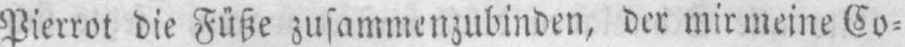
Pierrot die Füße zusammenzubinden, der mir meine Co⸗